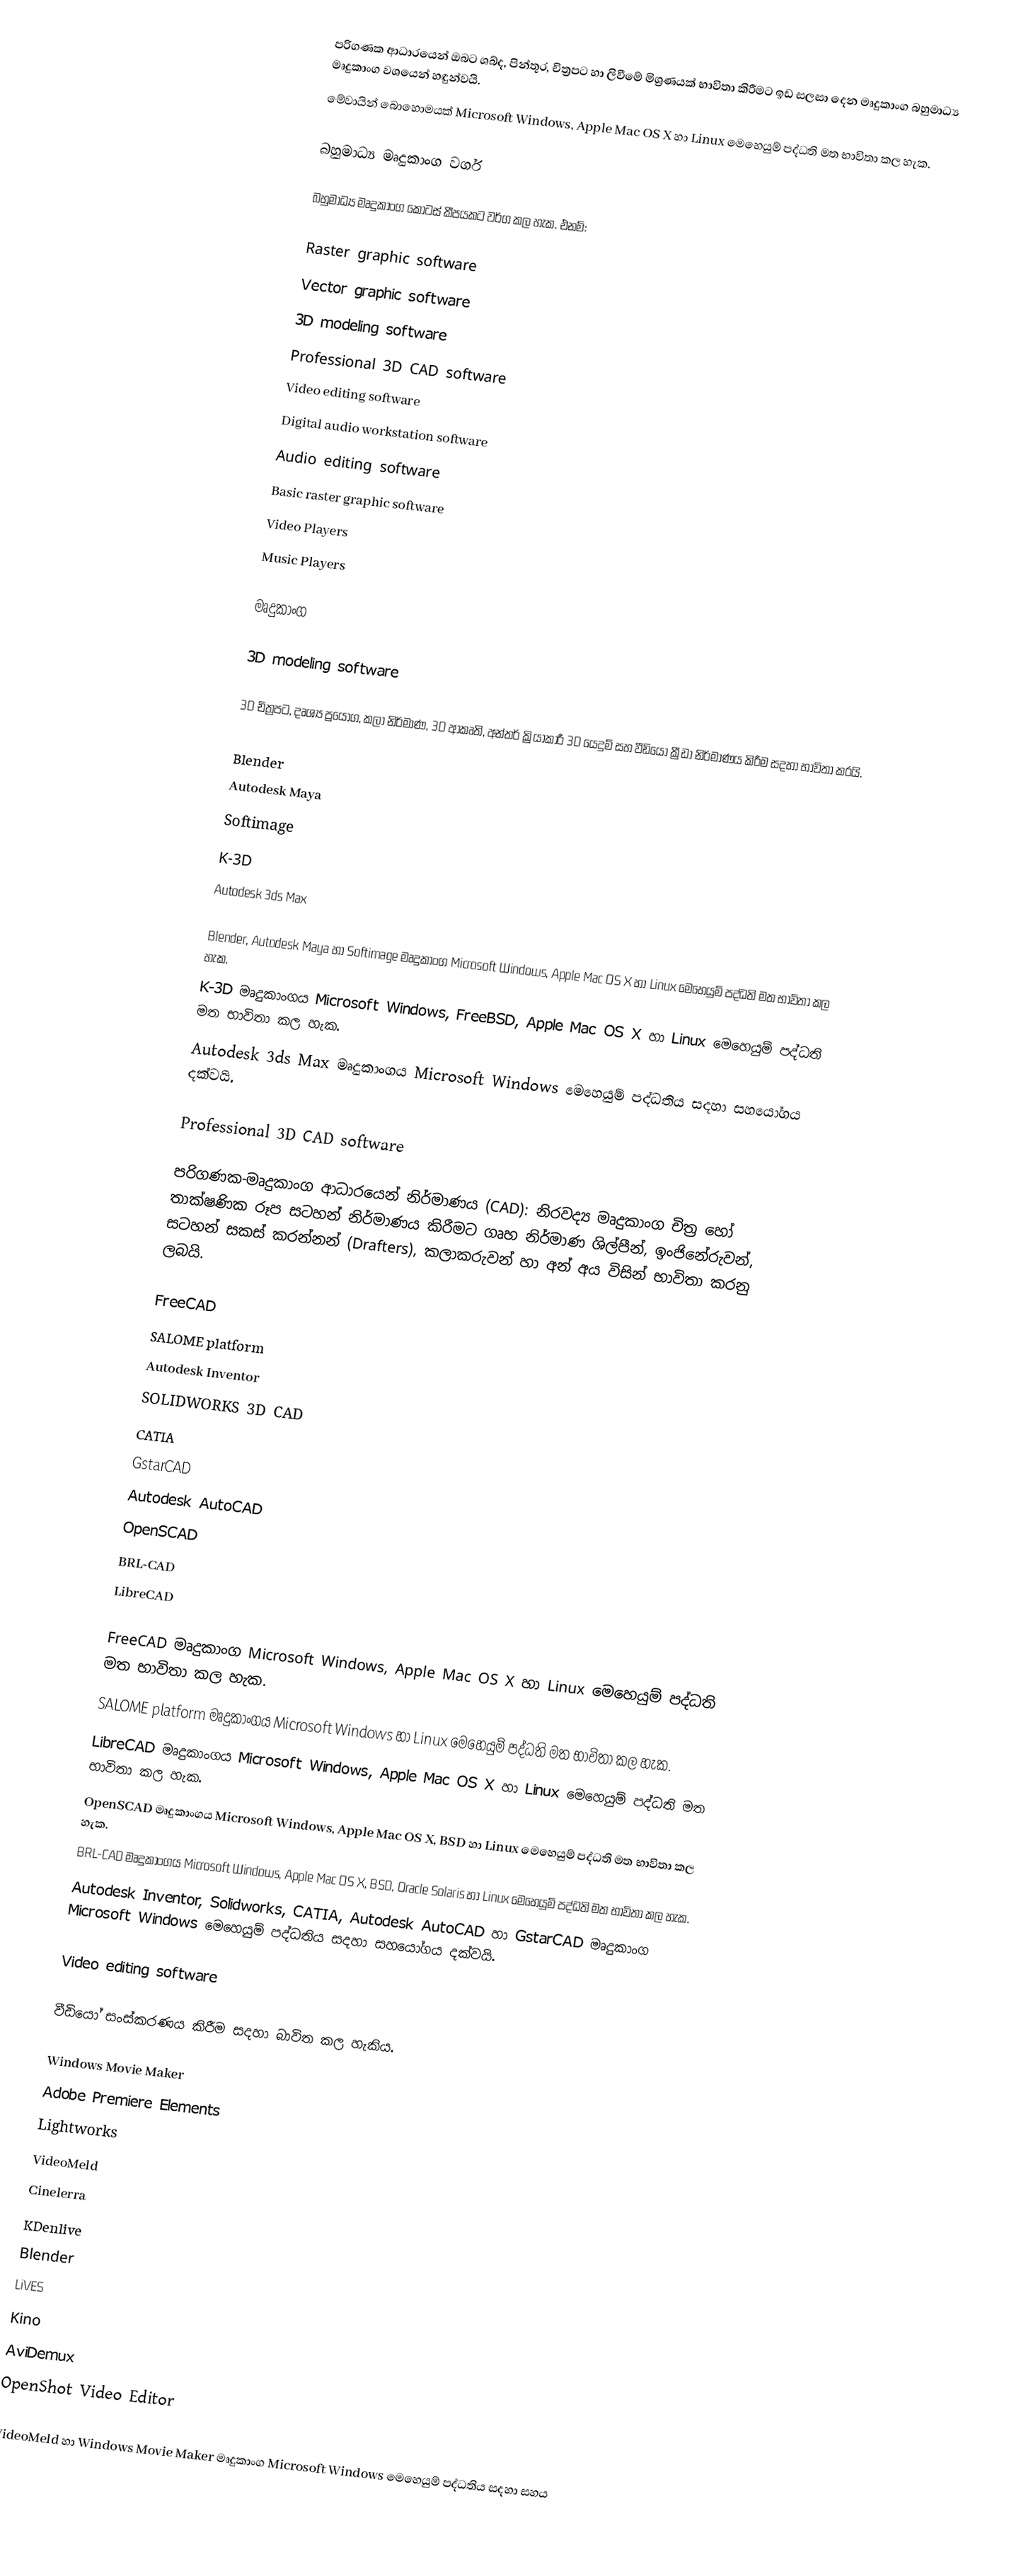
පරිගණක ආධාරයෙන් ඔබට ශබ්ද, පින්තූර, චිත්‍රපට හා ලිවීමේ මිශ්‍රණයක් භාවිතා කිරීමට ඉඩ සලසා දෙන මෘදුකාංග බහුමාධ්‍ය මෘදුකාංග වශයෙන් හඳුන්වයි.
මේවායින් බොහොමයක් Microsoft Windows, Apple Mac OS X හා Linux මෙහෙයුම් පද්ධති මත භාවිතා කල හැක.

බහුමාධ්‍ය මෘදුකාංග වර්ග

බහුමාධ්‍ය මෘදුකාංග කොටස් කීපයකට වර්ග කල හැක.  එනම්:

 Raster graphic software
 Vector graphic software
 3D modeling software
 Professional 3D CAD software
 Video editing software
 Digital audio workstation software
 Audio editing software
 Basic raster graphic software
 Video Players
 Music Players

මෘදුකාංග

3D modeling software

3D චිත්‍රපට, දෘශ්‍ය ප්‍රයෝග, කලා නිර්මාණ, 3D ආකෘති, අන්තර් ක්‍රියාකාරී 3D යෙදුම් සහ වීඩියෝ ක්‍රීඩා නිර්මාණය කිරීම සදහා භාවිතා කරයි.

 Blender
 Autodesk Maya
 Softimage
 K-3D
 Autodesk 3ds Max

Blender, Autodesk Maya හා Softimage මෘදුකාංග Microsoft Windows, Apple Mac OS X හා Linux මෙහෙයුම් පද්ධති මත භාවිතා කල හැක.
K-3D මෘදුකාංගය Microsoft Windows, FreeBSD, Apple Mac OS X හා Linux මෙහෙයුම් පද්ධති මත භාවිතා කල හැක.
Autodesk 3ds Max මෘදුකාංගය Microsoft Windows මෙහෙයුම් පද්ධතිය සදහා සහයෝගය දක්වයි.

Professional 3D CAD software

පරිගණක-මෘදුකාංග ආධාරයෙන් නිර්මාණය (CAD): නිරවද්‍ය මෘදුකාංග චිත්‍ර හෝ තාක්ෂණික රූප සටහන් නිර්මාණය කිරීමට ගෘහ නිර්මාණ ශිල්පීන්, ඉංජිනේරුවන්, සටහන් සකස් කරන්නන් (Drafters), කලාකරුවන් හා අන් අය විසින් භාවිතා කරනු ලබයි.

 FreeCAD
 SALOME platform
 Autodesk Inventor
 SOLIDWORKS 3D CAD
 CATIA
 GstarCAD
 Autodesk AutoCAD
 OpenSCAD
 BRL-CAD
 LibreCAD

FreeCAD මෘදුකාංග Microsoft Windows, Apple Mac OS X හා Linux මෙහෙයුම් පද්ධති මත භාවිතා කල හැක.
SALOME platform මෘදුකාංගය Microsoft Windows හා Linux මෙහෙයුම් පද්ධති මත භාවිතා කල හැක.
LibreCAD මෘදුකාංගය Microsoft Windows, Apple Mac OS X හා Linux මෙහෙයුම් පද්ධති මත භාවිතා කල හැක.
OpenSCAD මෘදුකාංගය Microsoft Windows, Apple Mac OS X, BSD හා Linux මෙහෙයුම් පද්ධති මත භාවිතා කල හැක.
BRL-CAD මෘදුකාංගය Microsoft Windows, Apple Mac OS X, BSD, Oracle Solaris හා Linux මෙහෙයුම් පද්ධති මත භාවිතා කල හැක.
Autodesk Inventor, Solidworks, CATIA, Autodesk AutoCAD හා GstarCAD මෘදුකාංග Microsoft Windows මෙහෙයුම් පද්ධතිය සදහා සහයෝගය දක්වයි.

Video editing software

වීඩියෝ සංස්කරණය කිරීම සදහා බාවිත කල හැකිය.

 Windows Movie Maker
 Adobe Premiere Elements
 Lightworks
 VideoMeld
 Cinelerra
 KDenlive
 Blender
 LiVES
 Kino
 AviDemux
 OpenShot Video Editor

VideoMeld හා Windows Movie Maker මෘදුකාංග Microsoft Windows මෙහෙයුම් පද්ධතිය සදහා සහය